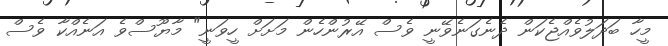
މީހާ ބަދަލުވެއްޖެކަން ދެނެގަނެވޭނީ ވެސް އޭރުންހެން މަށަށް ހީވަނީ" މާޔޫސްވެ އަނެއްކާ ވެސް